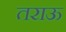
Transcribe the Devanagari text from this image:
तराऊ